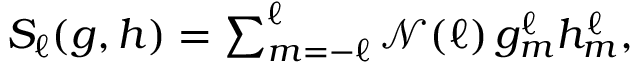
\begin{array} { r } { S _ { \ell } ( g , h ) = \sum _ { m = - \ell } ^ { \ell } \mathcal { N } ( \ell ) \mathop { g _ { m } ^ { \ell } h _ { m } ^ { \ell } } , } \end{array}